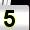
Digit: 5